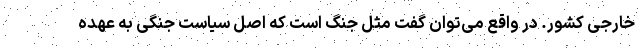
خارجی کشور. در واقع می‌توان گفت مثل جنگ است که اصل سیاست جنگی به عهده